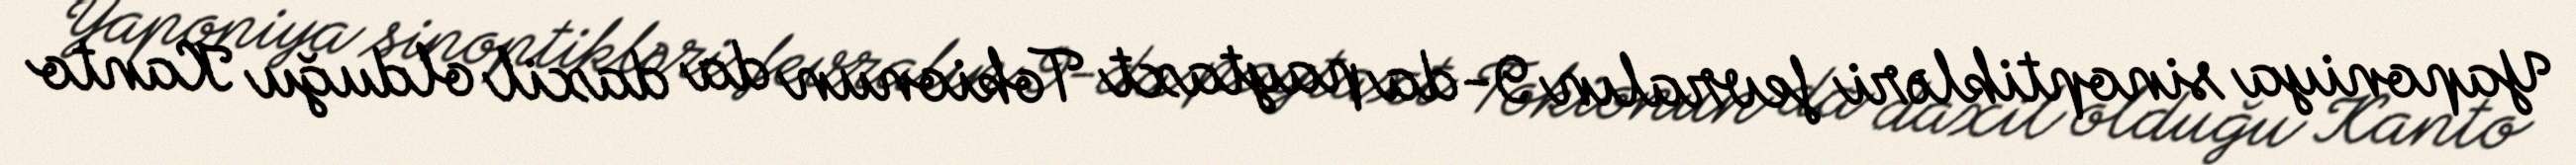
Yaponiya sinoptikləri fevralın 9-da paytaxt Tokionun da daxil olduğu Kanto